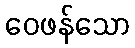
ဝေဖန်သော